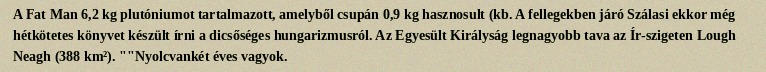
A Fat Man 6,2 kg plutóniumot tartalmazott, amelyből csupán 0,9 kg hasznosult (kb. A fellegekben járó Szálasi ekkor még hétkötetes könyvet készült írni a dicsőséges hungarizmusról. Az Egyesült Királyság legnagyobb tava az Ír-szigeten Lough Neagh (388 km²). ""Nyolcvankét éves vagyok.